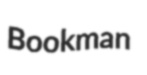
Bookman